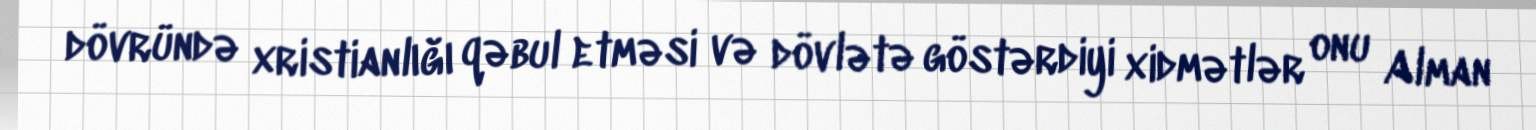
dövründə xristianlığı qəbul etməsi və dövlətə göstərdiyi xidmətlər onu Alman